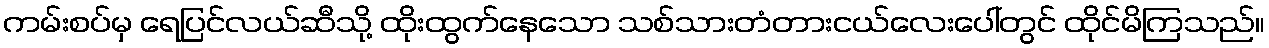
ကမ်းစပ်မှ ရေပြင်လယ်ဆီသို့ ထိုးထွက်နေသော သစ်သားတံတားငယ်လေးပေါ်တွင် ထိုင်မိကြသည်။